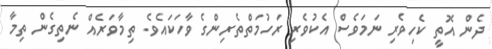
ދެން އޮތީ ކެހިވެރި ނަމަވެސް އެކުވެރި ރަހުމަތްތެރިންގެ ވާހަކައެވެ. ތިމާވަރެއް ނެތިގެން ތިމާ